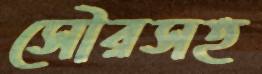
সৌরসহ